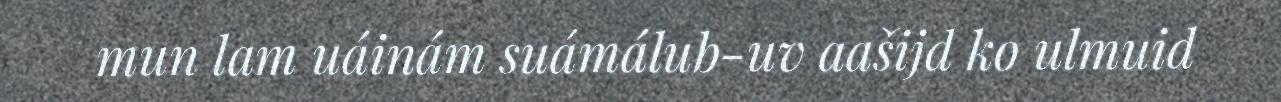
mun lam uáinám suámálub-uv aašijd ko ulmuid